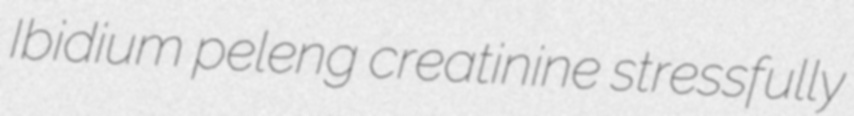
Ibidium peleng creatinine stressfully